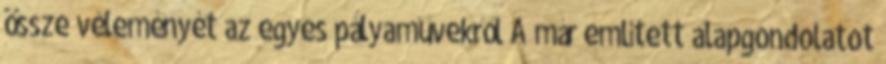
össze véleményét az egyes pályaművekről A már említett alapgondolatot